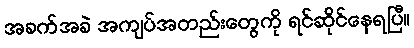
အခက်အခဲ အကျပ်အတည်းတွေကို ရင်ဆိုင်နေရပြီ။